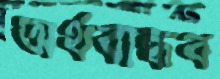
অর্থবান্ধব